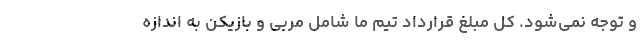
و توجه نمی‌شود. کل مبلغ قرارداد تیم ما شامل مربی و بازیکن به اندازه